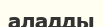
аладды